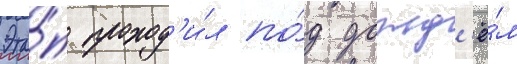
Эта́п проход'и́л по́д дожд'ё́м